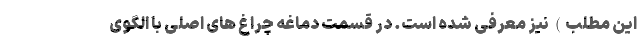
این مطلب) نیز معرفی شده است. در قسمت دماغه چراغ های اصلی با الگوی